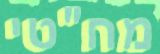
מח"טי